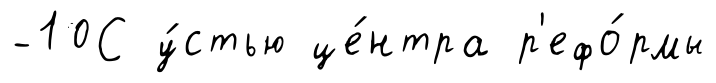
-10С у́стью це́нтра р'ефо́рмы